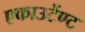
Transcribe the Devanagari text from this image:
एकाउटेंण्ट